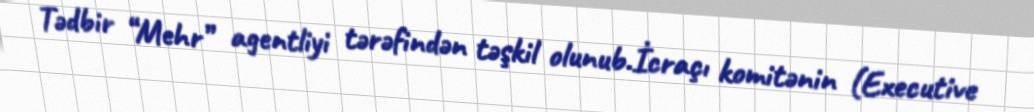
Tədbir “Mehr” agentliyi tərəfindən təşkil olunub.İcraçı komitənin (Executive